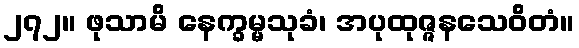
၂၇၂။ ဖုသာမိ နေက္ခမ္မသုခံ၊ အပုထုဇ္ဇနသေဝိတံ။